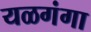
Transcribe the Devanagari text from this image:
यळगंगा